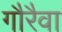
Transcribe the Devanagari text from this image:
गौरैवा